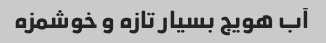
آب هویج بسیار تازه و خوشمزه